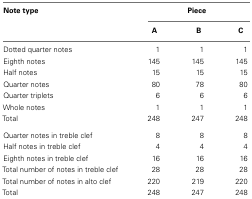
<table><thead><tr><td><b>Note type</b></td><td colspan="3"><b>Piece</b></td></tr><tr><td></td><td><b>A</b></td><td><b>B</b></td><td><b>C</b></td></tr></thead><tbody><tr><td>Dotted quarter notes</td><td>1</td><td>1</td><td>1</td></tr><tr><td>Eighth notes</td><td>145</td><td>145</td><td>145</td></tr><tr><td>Half notes</td><td>15</td><td>15</td><td>15</td></tr><tr><td>Quarter notes</td><td>80</td><td>78</td><td>80</td></tr><tr><td>Quarter triplets</td><td>6</td><td>6</td><td>6</td></tr><tr><td>Whole notes</td><td>1</td><td>1</td><td>1</td></tr><tr><td>Total</td><td>248</td><td>247</td><td>248</td></tr><tr><td>Quarter notes in treble clef</td><td>8</td><td>8</td><td>8</td></tr><tr><td>Half notes in treble clef</td><td>4</td><td>4</td><td>4</td></tr><tr><td>Eighth notes in treble clef</td><td>16</td><td>16</td><td>16</td></tr><tr><td>Total number of notes in treble clef</td><td>28</td><td>28</td><td>28</td></tr><tr><td>Total number of notes in alto clef</td><td>220</td><td>219</td><td>220</td></tr><tr><td>Total</td><td>248</td><td>247</td><td>248</td></tr></tbody></table>